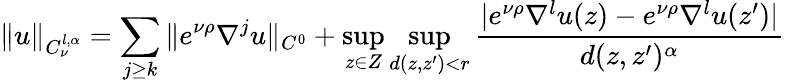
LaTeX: \| u\| _{C_{\nu}^{l,\alpha}}=\sum_{j\geq k}\| e^{\nu\rho}\nabla^{j}u\| _{C^{0}}+\operatorname*{sup}_{z\in Z}\operatorname*{sup}_{d(z,z^{\prime})<r}\frac{|e^{\nu\rho}\nabla^{l}u(z)-e^{\nu\rho}\nabla^{l}u(z^{\prime})|}{d(z,z^{\prime})^{\alpha}}